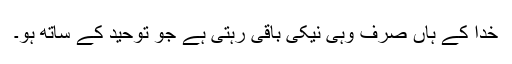
خدا کے ہاں صرف وہی نیکی باقی رہتی ہے جو توحید کے ساتھ ہو۔